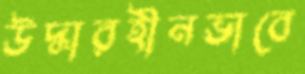
উদ্ধারহীনভাবে